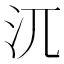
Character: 𣲍